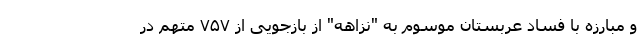
و مبارزه با فساد عربستان موسوم به "نزاهه" از بازجویی از ۷۵۷ متهم در